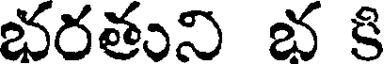
భరతుని భ కి